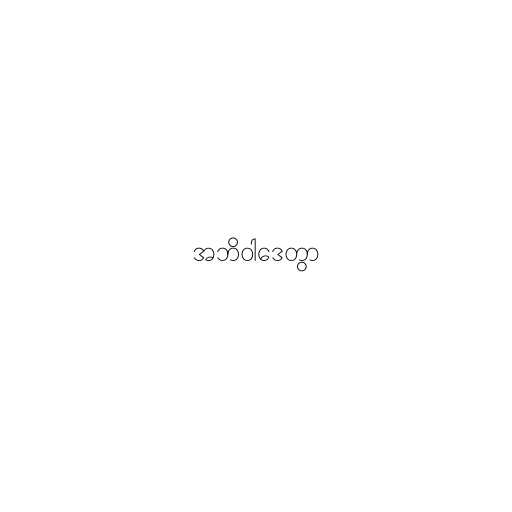
အဘိဝါဒေတွာ